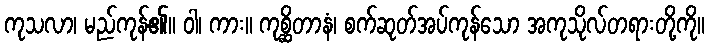
ကုသလာ၊ မည်ကုန်၏။ ဝါ၊ ကား။ ကုစ္ဆိတာနံ၊ စက်ဆုတ်အပ်ကုန်သော အကုသိုလ်တရားတို့ကို။